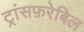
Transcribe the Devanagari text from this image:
ट्रांसफ़रेबिल